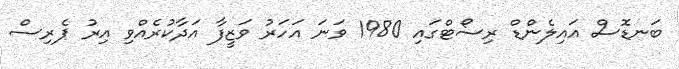
ބަނޑޮސް އައިލެންޑް ރިސޯޓްގައި 1980 ވަނަ އަހަރު ވަޒީފާ އަދާކުރެއްވި އިރު ޕެރިސް